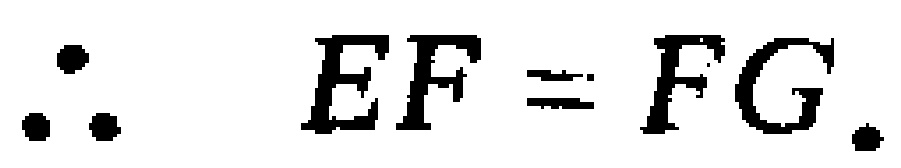
\(\therefore EF = FG.\)